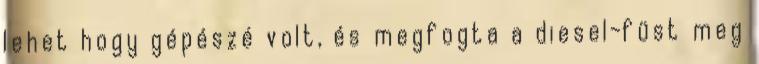
lehet hogy gépészé volt, és megfogta a diesel-füst meg